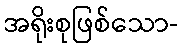
အရိုးစုဖြစ်သော-